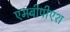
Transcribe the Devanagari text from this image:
एमबीपीएश